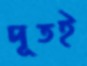
দূতই